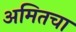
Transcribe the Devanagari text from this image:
अमितचा